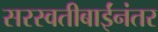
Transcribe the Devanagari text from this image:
सरस्वतीबाईंनंतर